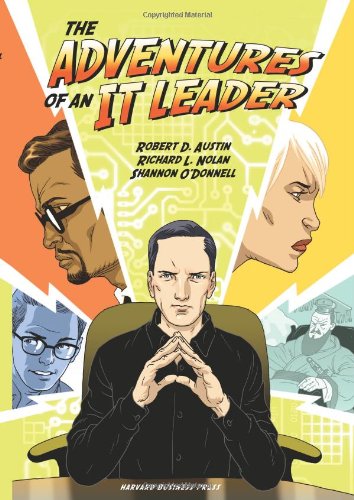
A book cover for Adventures of an IT Leader; Robert D. Austin; Business & Money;